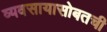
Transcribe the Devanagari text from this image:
व्यवसायासोबतची